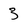
Character: 3